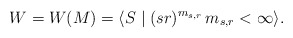
\begin{align*}W=W(M)=\langle S\mid (sr)^{m_{s,r}} \,m_{s,r}<\infty\rangle.\end{align*}